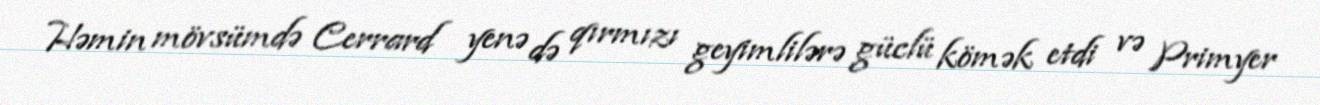
Həmin mövsümdə Cerrard yenə də qırmızı geyimlilərə güclü kömək etdi və Primyer